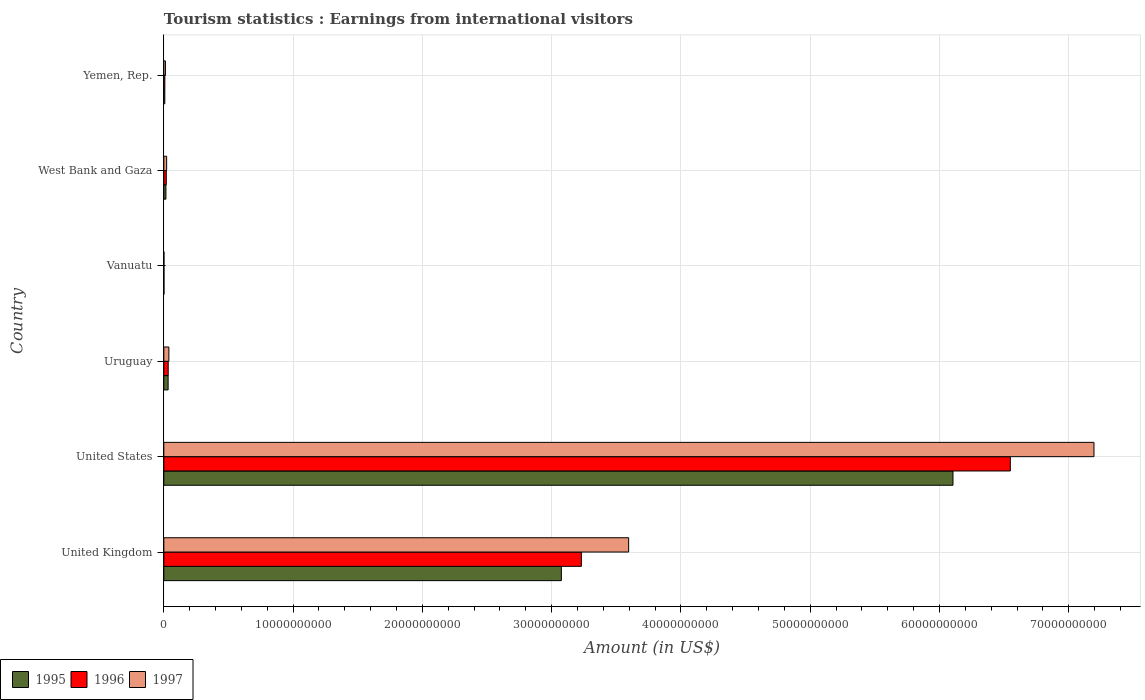
| Country | 1995 | 1996 | 1997 |
 | --- | --- | --- | --- |
 | United Kingdom | 3.07e+10 | 3.23e+10 | 3.6e+10 |
 | United States | 6.1e+10 | 6.55e+10 | 7.19e+10 |
 | Uruguay | 3.32e+08 | 3.39e+08 | 3.91e+08 |
 | Vanuatu | 1e+07 | 1e+07 | 1e+07 |
 | West Bank and Gaza | 1.62e+08 | 1.91e+08 | 2.18e+08 |
 | Yemen, Rep. | 7.6e+07 | 7.8e+07 | 1.24e+08 |